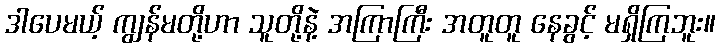
ဒါပေမယ့် ကျွန်မတို့ဟာ သူတို့နဲ့ အကြာကြီး အတူတူ နေခွင့် မရှိကြဘူး။